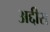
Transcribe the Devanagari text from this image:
अद्दीस